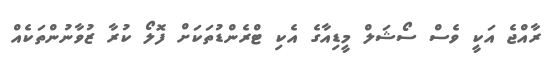
ރާއްޖެ އަކީ ވެސް ސޯޝަލް މީޑިއާގެ އެކި ޓްރެންޑުތަކަށް ފޮލޯ ކުރާ ޒުވާނުންތަކެއް